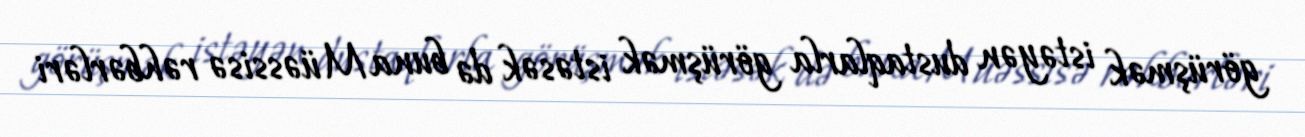
görüşmək istəyən dustaqlarla görüşmək istəsək də buna Müəssisə rəhbərləri